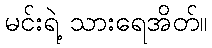
မင်းရဲ့ သားရေအိတ်။